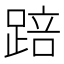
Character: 踣